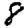
Digit: 8